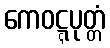
ကေဝဋ္ဋပုတ္တံ